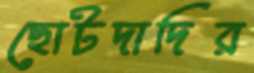
ছোটদাদির